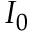
I _ { 0 }